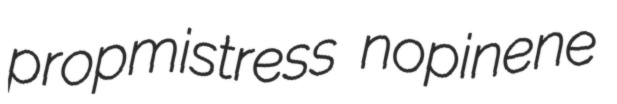
propmistress nopinene